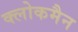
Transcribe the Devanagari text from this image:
क्लोकमैन